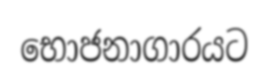
භොජනාගාරයට